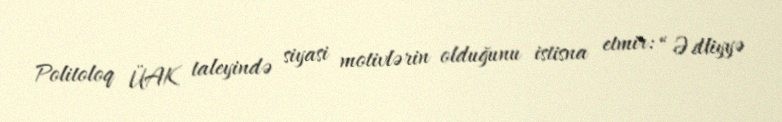
Politoloq ÜAK taleyində siyasi motivlərin olduğunu istisna etmir: “Ədliyyə